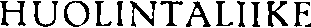
HUOLINTALIIKE